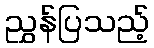
ညွှန်ပြသည့်